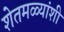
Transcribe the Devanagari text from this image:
शेतमळ्यांशी